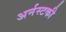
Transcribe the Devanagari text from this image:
अर्नस्टकी